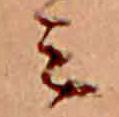
ミ